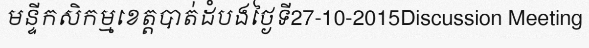
មន្ទីកសិកម្មខេត្តបាត់ដំបងថ្ងៃទី27-10-2015Discussion Meeting